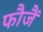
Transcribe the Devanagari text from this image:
फौजैं